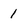
Character: 1